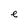
Character: e